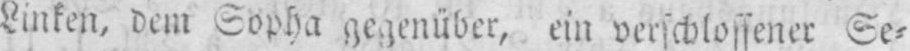
Linken, dem Sopha gegenüber, ein verschlossener Se⸗